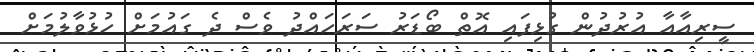
ސީރިއާއާ އުރުދުން ގުޅިފައި އޮތް ބޯޑަރު ސަރަހައްދު ވެސް ދެ ގައުމަށް ހުޅުވާލުމަށް